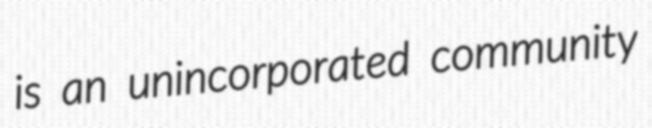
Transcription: is an unincorporated community